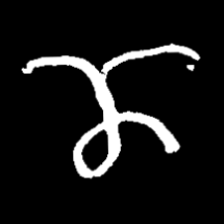
Pyu character \u2014 Myanmar letter: ဏ (romanized: nna)